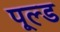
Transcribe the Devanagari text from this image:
पूल्ड